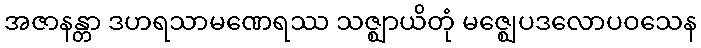
အဇာနန္တာ ဒဟရသာမဏေရဿ သဇ္ဈာယိတုံ မဇ္ဈေပဒလောပဝသေန